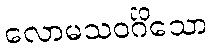
လောမသဝင်္ဂိသော